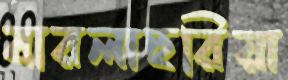
বারলাহুরিয়া